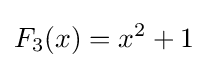
F_{3}(x)=x^{2}+1